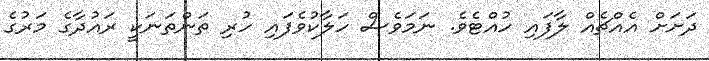
ދަށަށް އެއްޗެއް ލާފައި ހުއްޓެވެ. ނަމަވެސް ހަލާކުވެފައި ހުރި ތަންތަނަކީ ރައުދާގެ މަރުގެ